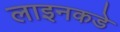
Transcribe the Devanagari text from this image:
लाइनकडे